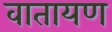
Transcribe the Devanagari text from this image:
वातायण